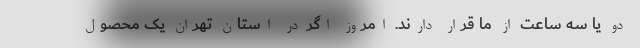
دو یا سه ساعت از ما قرار دارند. امروز اگر در استان تهران یک محصول